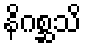
နိဂစ္ဆသိ